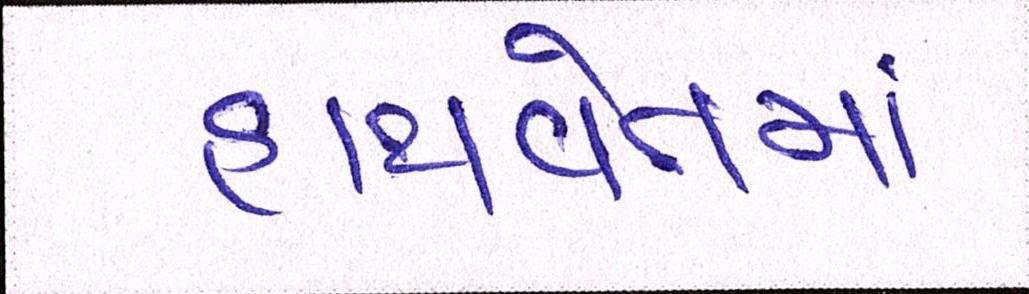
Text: હાથવેતમા